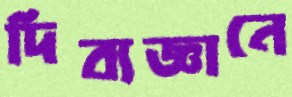
দিব্যজ্ঞানে